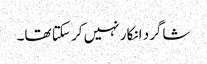
شاگرد انکار نہیں کر سکتا تھا۔